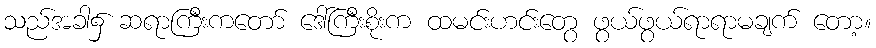
သည်အခါ၌ ဆရာကြီးကတော် ဒေါ်ကြီးစိုးက ထမင်းဟင်းတွေ ဖွယ်ဖွယ်ရာရာမချက် တော့။